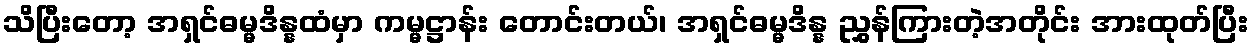
သိပြီးတော့ အရှင်ဓမ္မဒိန္နထံမှာ ကမ္မဋ္ဌာန်း တောင်းတယ်၊ အရှင်ဓမ္မဒိန္န ညွှန်ကြားတဲ့အတိုင်း အားထုတ်ပြီး